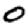
Digit: 0